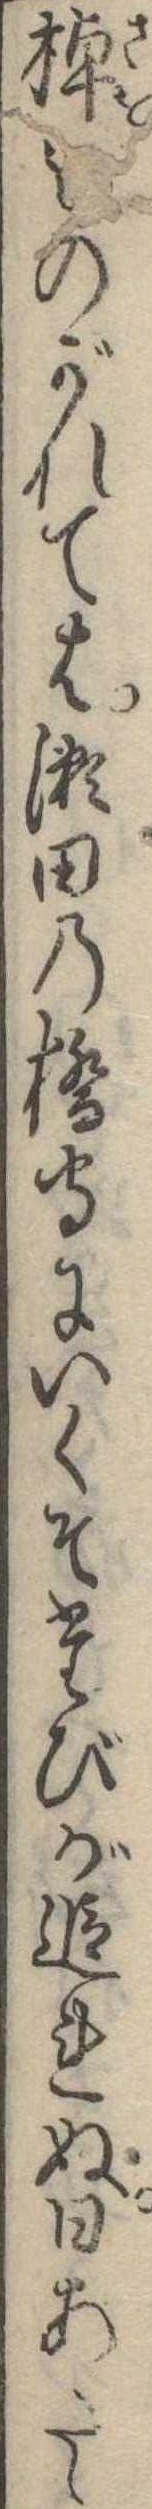
棹のがれては瀬田の橋守にいくそたびが追れぬ日あたゝ